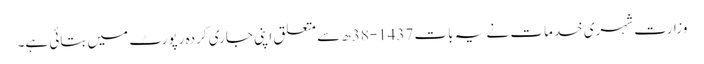
وزارت شہری خدمات نے یہ بات 1437-38ھ سے متعلق اپنی جاری کردہ رپورٹ میں بتائی ہے۔